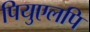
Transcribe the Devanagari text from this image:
पियुएलपि